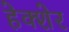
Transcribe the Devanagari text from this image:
हेक्शेर